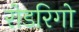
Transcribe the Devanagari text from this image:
रोडरिगो